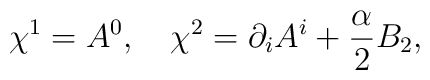
\chi^1 =A^0 ,~~~\chi^2 = \partial_i A^i + \frac{\textstyle \alpha}{\textstyle 2}B_2,